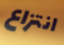
انتزاع